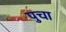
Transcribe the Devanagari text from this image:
पुचा